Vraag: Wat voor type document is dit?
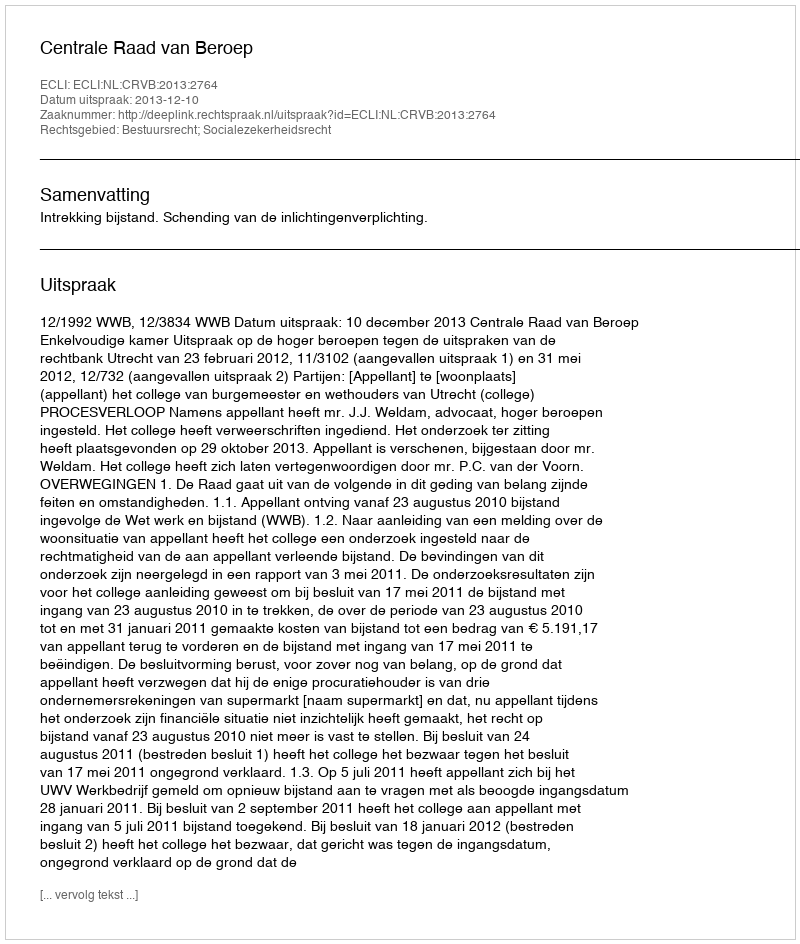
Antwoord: Uitspraak